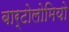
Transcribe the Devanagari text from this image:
बार्टोलोमियो